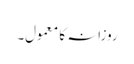
روزانہ کا معمول۔